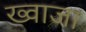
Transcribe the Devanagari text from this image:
ख्‍वाजा